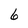
Character: 6